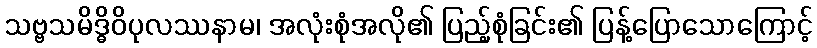
သဗ္ဗသမိဒ္ဓိဝိပုလဿနာမ၊ အလုံးစုံအလို၏ ပြည့်စုံခြင်း၏ ပြန့်ပြောသောကြောင့်